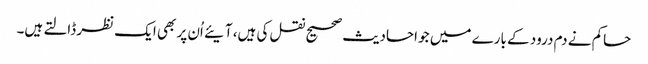
حاکم نے دم درود کے بارے میں جو احادیث صحیح نقل کی ہیں، آیئے اُن پر بھی ایک نظر ڈالتے ہیں۔